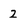
Character: 2